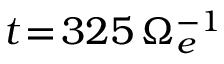
t \! = \! 3 2 5 \, \Omega _ { e } ^ { - 1 }